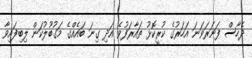
ދެހާސް ފަނަރަވަނަ އަހަރުގެ ކުރީކޮޅު ތައާރަފުވެ އަދި ގިނަ ބައެއްގެ މަގުބޫލުކަން ލިބިފައިވާ